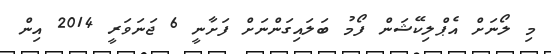
މި ލޯނަށް އެޕްލިކޭޝަން ފޯމު ބަލައިގަންނަށް ފަށާނީ 6 ޖަނަވަރީ 2014 އިން